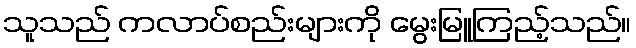
သူသည် ကလာပ်စည်းများကို မွေးမြူကြည့်သည်။